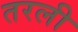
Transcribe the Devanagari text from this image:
तरली